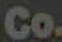
Co.